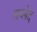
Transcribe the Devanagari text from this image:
सय्लेद